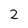
Character: 2